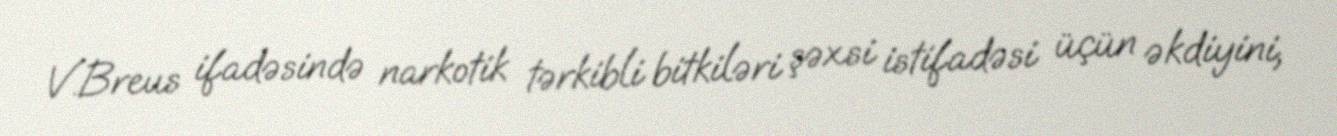
V.Breus ifadəsində narkotik tərkibli bitkiləri şəxsi istifadəsi üçün əkdiyini,